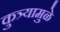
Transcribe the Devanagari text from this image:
कुत्र्यामुळे